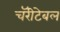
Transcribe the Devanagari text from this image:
चॅरीटेबल